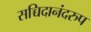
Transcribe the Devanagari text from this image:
सच्चिदानंदरुप